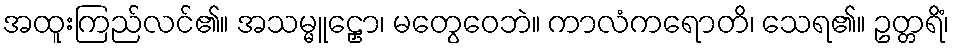
အထူးကြည်လင်၏။ အသမ္မူဠှော၊ မတွေဝေဘဲ။ ကာလံကရောတိ၊ သေရ၏။ ဥတ္တရိံ၊